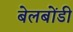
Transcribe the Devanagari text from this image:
बेलबोंडी